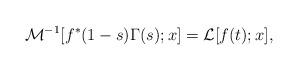
LaTeX: \begin{align*}\mathcal{M}^{-1}[f^{*}(1-s)\Gamma(s); x] = \mathcal{L}[f(t); x],\end{align*}